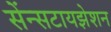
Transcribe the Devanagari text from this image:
सेंन्सटायझेशन